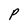
Character: P